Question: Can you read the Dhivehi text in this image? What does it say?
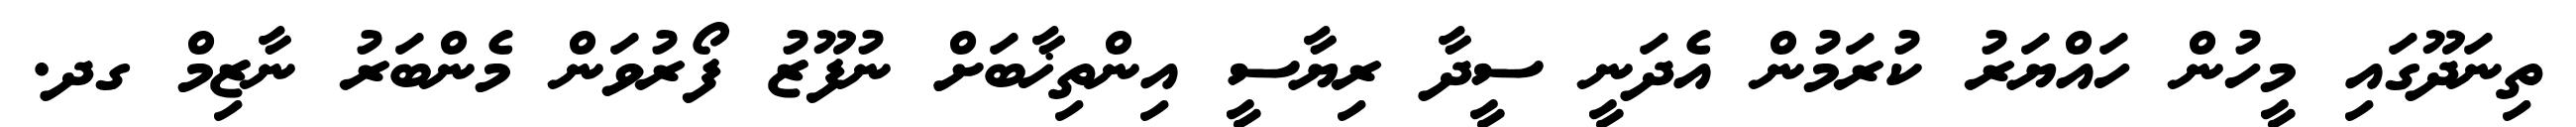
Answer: ތިނަދޫގައި މީހުން ހައްޔަރު ކުރަމުން އެދަނީ ސީދާ ރިޔާސީ އިންތިޚާބަށް ނުފޫޒު ފޯރުވަން މެންބަރު ނާޒިމް ގދ.